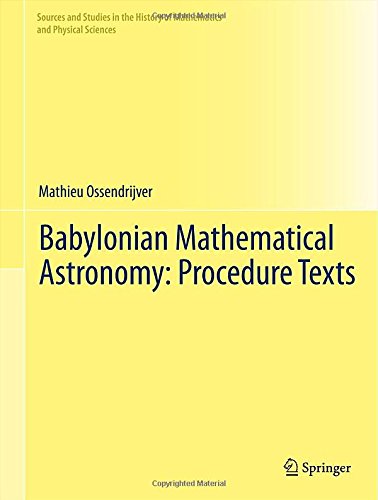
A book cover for Babylonian Mathematical Astronomy: Procedure Texts (Sources and Studies in the History of Mathematics and Physical Sciences); Mathieu Ossendrijver; History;